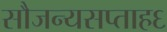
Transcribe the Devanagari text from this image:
सौजन्यसप्ताह६